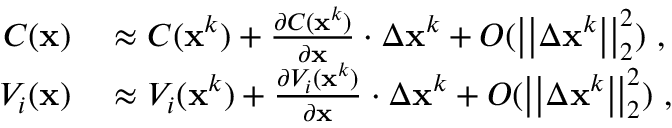
\begin{array} { r l } { C ( \mathbf { x } ) } & { { } \approx C ( \mathbf { x } ^ { k } ) + \frac { \partial C ( \mathbf { x } ^ { k } ) } { \partial \mathbf { x } } \cdot \Delta \mathbf { x } ^ { k } + O ( \big | \big | \Delta \mathbf { x } ^ { k } \big | \big | _ { 2 } ^ { 2 } ) \mathrm { ~ , ~ } } \\ { V _ { i } ( \mathbf { x } ) } & { { } \approx V _ { i } ( \mathbf { x } ^ { k } ) + \frac { \partial V _ { i } ( \mathbf { x } ^ { k } ) } { \partial \mathbf { x } } \cdot \Delta \mathbf { x } ^ { k } + O ( \big | \big | \Delta \mathbf { x } ^ { k } \big | \big | _ { 2 } ^ { 2 } ) \mathrm { ~ , ~ } } \end{array}